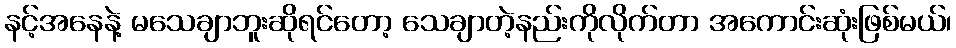
နင့်အနေနဲ့ မသေချာဘူးဆိုရင်တော့ သေချာတဲ့နည်းကိုလိုက်တာ အကောင်းဆုံးဖြစ်မယ်၊